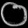
Digit: ၀